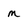
Character: m